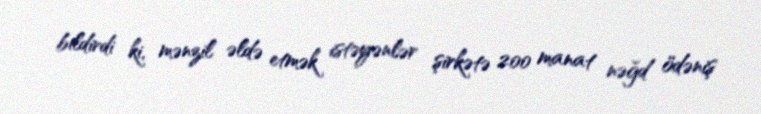
bildirdi ki, mənzil əldə etmək istəyənlər şirkətə 200 manat nəğd ödəniş